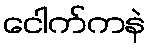
ငေါက်ကနဲ